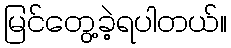
မြင်တွေ့ခဲ့ရပါတယ်။